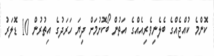
ކޮންމެ ކުއްޖެއްގެ ބެލެނިވެރިއެއްގެ އަތުން ބޯކޮށުމަށް ދިޔަ ހަރަދުގެ އިތުރުން 10 ޑޮލަރު